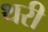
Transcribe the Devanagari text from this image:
थरी